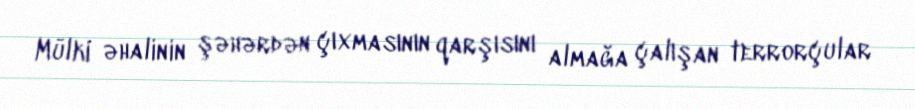
Mülki əhalinin şəhərdən çıxmasının qarşısını almağa çalışan terrorçular